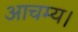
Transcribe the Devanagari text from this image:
आचम्य।